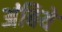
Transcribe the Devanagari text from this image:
अंबिये